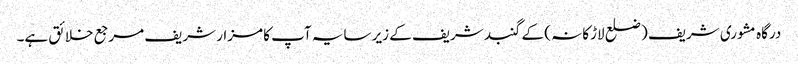
درگاہ مشوری شریف ( ضلع لاڑکانہ ) کے گنبد شریف کے زیر سایہ آپ کا مزار شریف مرجع خلائق ہے۔